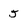
Character: 5